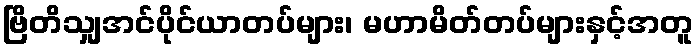
ဗြိတိသျှအင်ပိုင်ယာတပ်များ၊ မဟာမိတ်တပ်များနှင့်အတူ